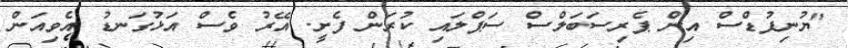
"ޔުނިފުޑްސް އިން ޕެރިސަބަލްސް ސަޕްލައި ކުރަން ފެށީ. އޭރު ވެސް އަޅުގަނޑު އެވިއަން